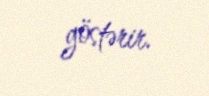
göstərir.